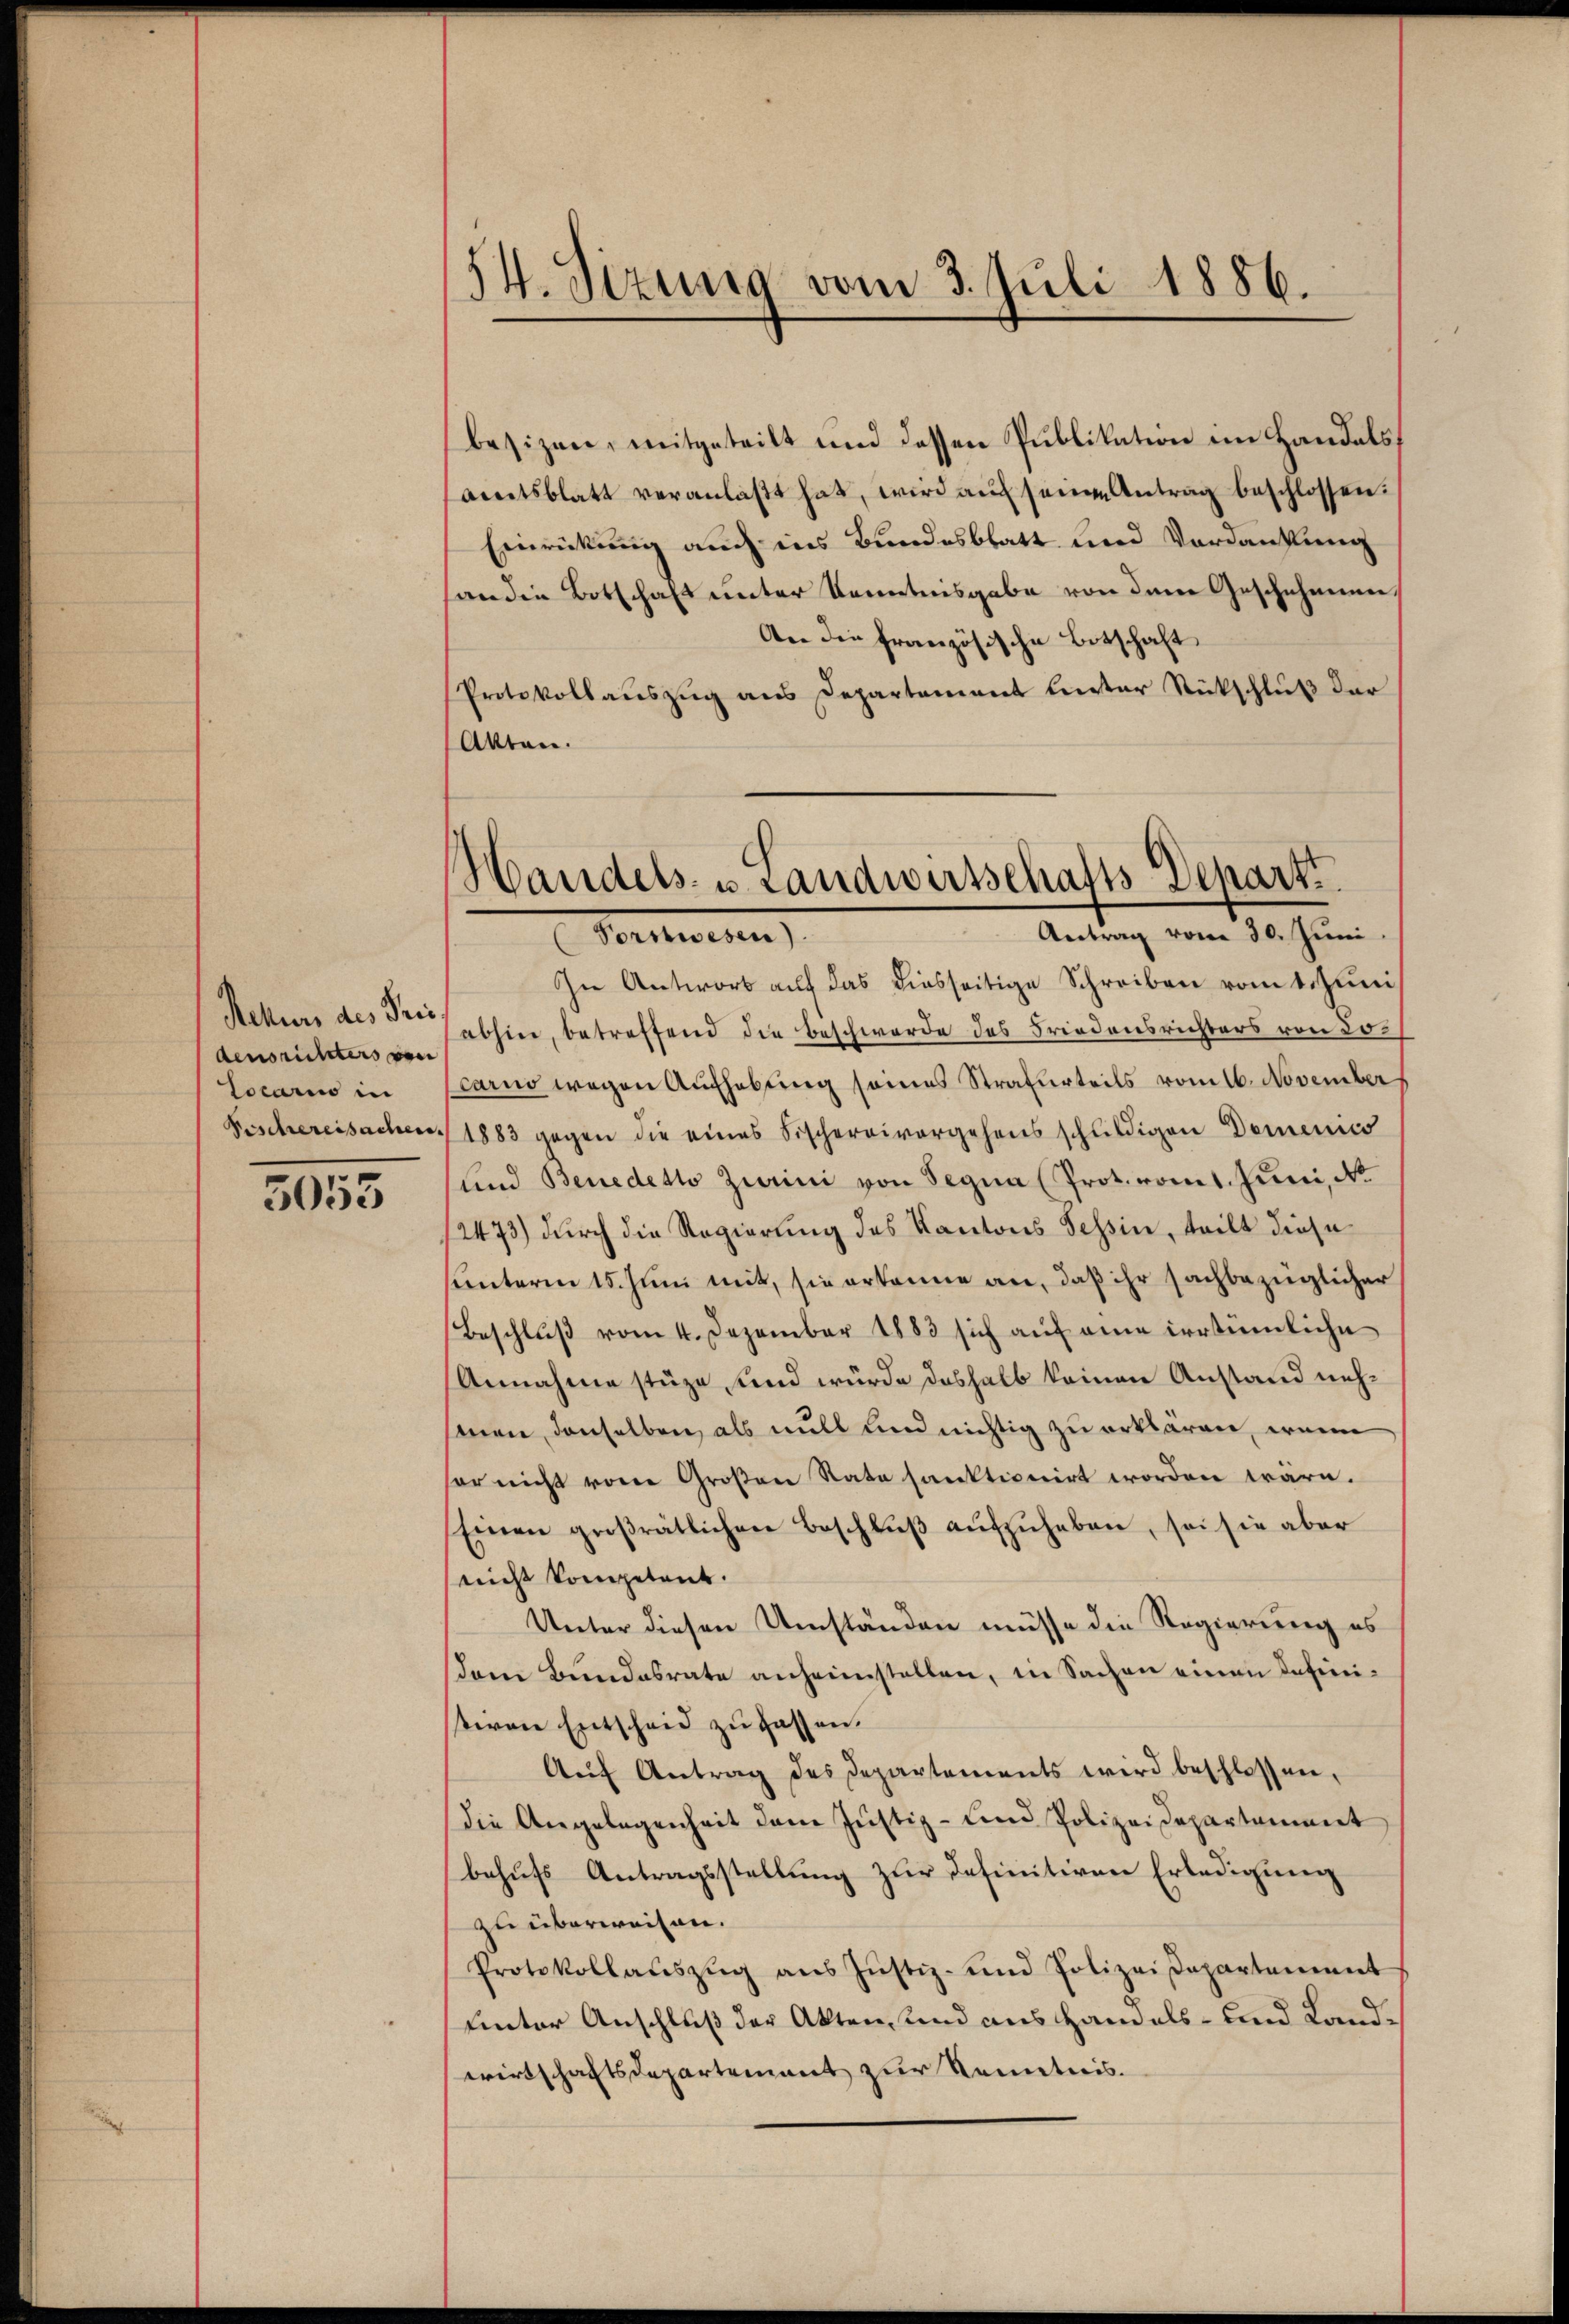
densrichters von
Locario in

5053

54. Sitzung vom 3. Juli 1886.

besizen, mitgeteilt und dessen Publikation im Handels,
aentsblatt veranlaßt hat, wird auf seine Antrag beschlossen:
Einrückung auch ins Bundesblatt und Verdankung
handen Botschaft unter Kenntnisgabe von dem Geschehenen,
An die französische Botschaft
Protokollauszug aus Departement liter Rückschluß der
Akten.

Handels- u Landwirtschafts Departi
Antrag vom 30. Juni.
Vertreten

In Antwort auf das diesseitige Schreiben vom 1. Juni
Rekurs des des abhin, betreffend die Beschwerde des Friedensrichters von Locarno wegen Aufhebung seines Strafurteils vom 16. November
Beschereisachen 1883 gegen die eines Fischereivergehens schuldigen Demenico
und Benedetto Zurini von Segna (Prot. romt. Juni, No.
2473) durch die Regierung des Kantons Tessin, teilt diese
hunterm 15. Juni mit, sie erkenne an, daß ihr sachbezüglicher
Beschlŭβ vom 4. Dezember 1883 sich auf eine irrtümliche
Annahme stüze und würde deshalb keinen Anstand nehsonen, denselben, als will und nichtig zu erklären, wenn
ser nicht von Großen Rate sanktionirt worden wäre.
Einen groβrätlichen Beschlŭβ aŭfzŭheben, sei sie aber
nicht kompetent.
Unter diesen Umständen müsse die Regierung es
am Bundesrate anheimstellen, in Sachen einen definitiven Entscheid zu fassen.
Aŭf Antrag des Departements wird beschlossen,
die Angelegenheit dem Justiz- und Polizeidepartement
behufs Antragsstellung zur Definitiven Erledigung
zu überweiten.
Protokollaŭszŭg ans Jŭstiz- und Polizeidepartement
unter Anschluß der Akten, und aus Handels- und Landwirtschaftsdepartement zur Kenntnis.